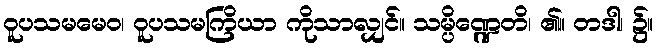
ဝူပသမမေဝ၊ ဝူပသမကြိယာ ကိုသာလျှင်။ သမ္ပိဏ္ဍေတိ၊ ၏။ တဒါ၊ ၌။